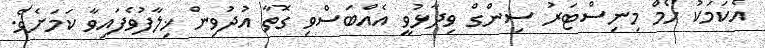
އެކަމަކު ހޯމް މިނިސްޓަރު ސިންގް ވިދާޅުވީ އެއްބަސްވި ގޮތާ އުދުވިން ޚިލާފުވެފައިވާ ކަމަށެވެ.